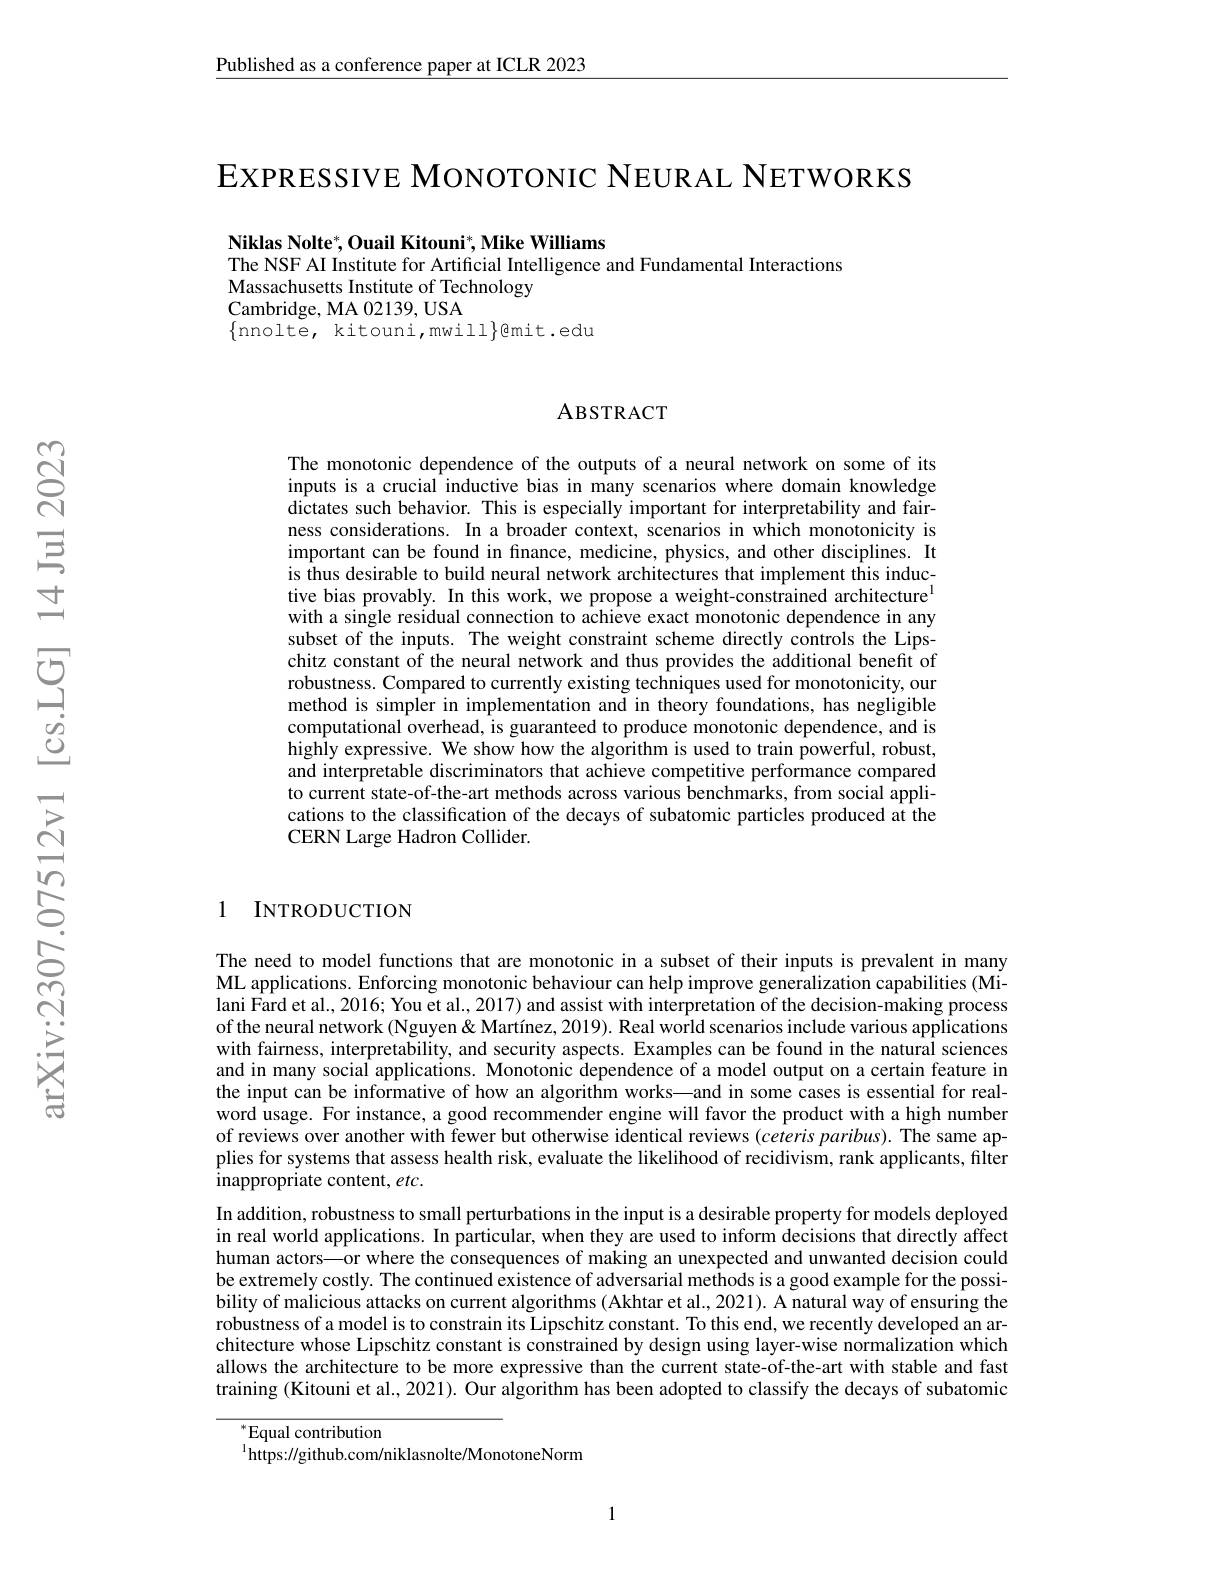
$\underline{\text{Published as a conference paper at ICLR 2023}}$

$\mathsf{E}$XPRESSIVE MONOTONIC NEURAL NETWORKS

Niklas Nolte$^*$,Ouail Kitouni$^*$,Mike Williams
The NSF AI Institute for Artificial Intelligence and Fundamental Interactions
Massachusetts Institute of Technology
Cambridge, MA 02139, USA
$\{$nnolte, kitouni,mwill$\}$@mit.edu

### ABSTRACT

The monotonic dependence of the outputs of a neural network on some of its inputs is a crucial inductive bias in many scenarios where domain knowledge $\hat{\text{dictates such behavior. This is especially important for interpretability and fair-}}$ ness considerations. In a broader context, scenarios in which monotonicity is important can be found in fnance, medicine, physics, and other disciplines. It is thus desirable to build neural network architectures that implement this inductive bias provably. In this work, we propose a weight-constrained architecture$^{\mathrm{l}}$ with a single residual connection to achieve exact monotonic dependence in any subset of the inputs. The weight constraint scheme directly controls the Lipschitz constant of the neural network and thus provides the additional benefit of robustness. Compared to currently existing techniques used for monotonicity, our method is simpler in implementation and in theory foundations, has negligible computational overhead, is guaranteed to produce monotonic dependence, and is highly expressive. We show how the algorithm is used to train powerful, robust, and interpretable discriminators that achieve competitive performance compared to current state-of-the-art methods across various benchmarks, from social applications to the classification of the decays of subatomic particles produced at the CERN Large Hadron Collider.

1 INTRODUCTION

The need to model functions that are monotonic in a subset of their inputs is prevalent in many ML applications. Enforcing monotonic behaviour can help improve generalization capabilities (Milani Fard et al., 2016; You et al., 2017) and assist with interpretation of the decision-making process of the neural network (Nguyen& Martínez, 2019). Real world scenarios include various applications with fairness, interpretability, and security aspects. Examples can be found in the natural sciences and in many social applications. Monotonic dependence of a model output on a certain feature in the input can be informative of how an algorithm works—and in some cases is essential for realword usage. For instance, a good recommender engine will favor the product with a high number of reviews over another with fewer but otherwise identical reviews $( ceteris\textit{paribus) . The same ap- }$ plies for systems that assess health risk, evaluate the likelihood of recidivism, rank applicants, filter $\bar{\text{inappropriate content, etc.}}$
In addition, robustness to small perturbations in the input is a desirable property for models deployed in real world applications. In particular, when they are used to inform decisions that directly affect human actors—or where the consequences of making an unexpected and unwanted decision could be extremely costly. The continued existence of adversarial methods is a good example for the possibility of malicious attacks on current algorithms (Akhtar et al., 2021). A natural way of ensuring the robustness of a model is to constrain its Lipschitz constant. To this end, we recently developed an architecture whose Lipschitz constant is constrained by design using layer-wise normalization which allows the architecture to be more expressive than the current state-of-the-art with stable and fast training (Kitouni et al., 2021). Our algorithm has been adopted to classify the decays of subatomic

$^{*}$Equal contribution
$^{1}$https://github.com/niklasnolte/MonotoneNorm

1